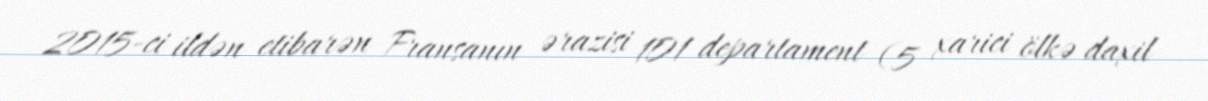
2015-ci ildən etibarən Fransanın ərazisi 101 departament (5 xarici ölkə daxil